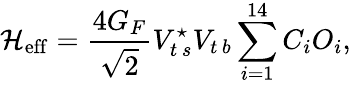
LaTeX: {\cal H}_{\mathrm{eff}}=\frac{4G_{F}}{\sqrt{2}}V_{t\, s}^{\star}V_{t\, b}\sum_{i=1}^{14}C_{i}O_{i},